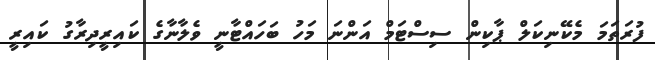
ފުރަތަމަ މެކޭނިކަލް ޕާކިން ސިސްޓަމް އަންނަ މަހު ބަހައްޓާނީ ވެލާނާގެ ކައިރީދިރާގު ކައިރީ